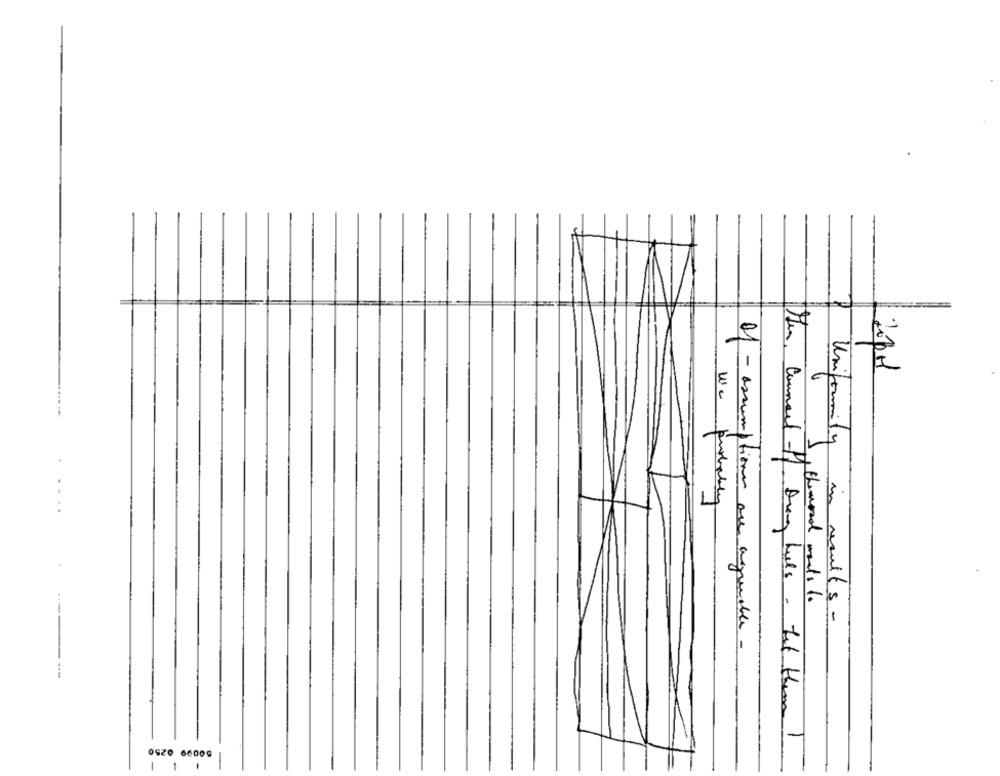
We probably
themoral wants to
Uniformity in results -
of - assumptions are agreeable -
Her, Commeet -ff . Drang hills - Let them !
0SZ0 66009
-